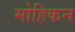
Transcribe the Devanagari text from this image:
मोहिकन